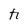
Character: h